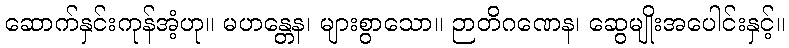
ဆောက်နှင်းကုန်အံ့ဟု။ မဟန္တေန၊ များစွာသော။ ဉာတိဂဏေန၊ ဆွေမျိုးအပေါင်းနှင့်။